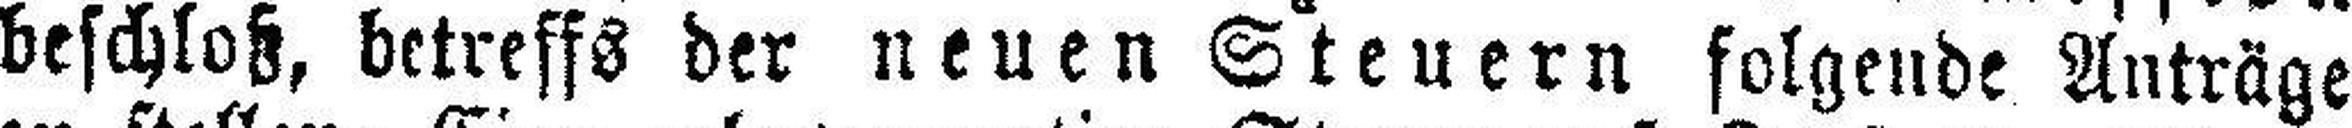
beschloß, betreffs der neuen Steuern folgende Anträge